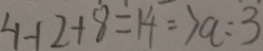
4 - 1 2 + 8 = 1 4 \Rightarrow a : 3